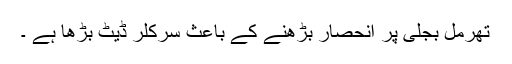
تھرمل بجلی پر انحصار بڑھنے کے باعث سرکلر ڈیٹ بڑھا ہے ۔